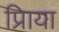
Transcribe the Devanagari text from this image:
प्रिाया